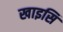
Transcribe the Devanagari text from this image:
खाइसि